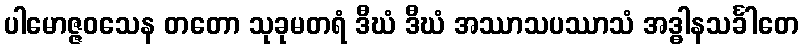
ပါမောဇ္ဇဝသေန တတော သုခုမတရံ ဒီဃံ ဒီဃံ အဿာသပဿာသံ အဒ္ဓါနသင်္ခါတေ